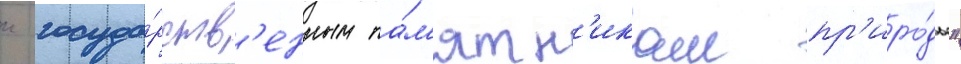
к госуда́рств'енным па́м'ятн'икам пр'иро́ды"